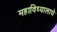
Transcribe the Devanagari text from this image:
महाविध्यालाये